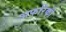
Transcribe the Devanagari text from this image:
अफरिकी